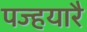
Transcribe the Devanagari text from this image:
पज्हयारै